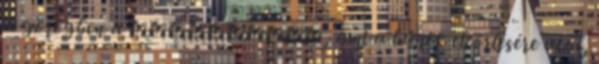
a görögben a καθαρισμὸν, ami a bűnök eltörlésére utal,